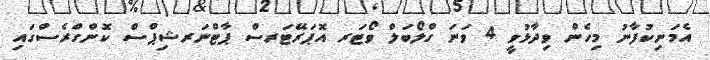
އެމަނިކުފާނު މިހެން ވިދާޅުވީ 4 ވަނަ ގްލޯބަލް ވޯޓަރ އޮޕަރޭޓަރސް ޕާޓްނަރޝިޕްސް ކޮންގްރެސްގައި